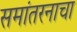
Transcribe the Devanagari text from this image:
समांतरनाचा